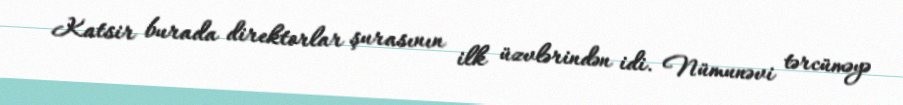
Katsir burada direktorlar şurasının ilk üzvlərindən idi. Nümunəvi tərcüməyə